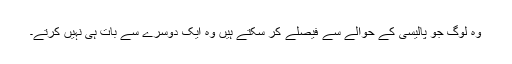
وہ لوگ جو پالیسی کے حوالے سے فیصلے کر سکتے ہیں وہ ایک دوسرے سے بات ہی نہیں کرتے۔